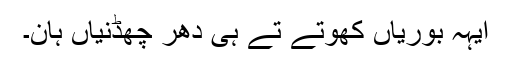
ایہہ بوریاں کھوتے تے ہی دھر چھڈنیاں ہان۔